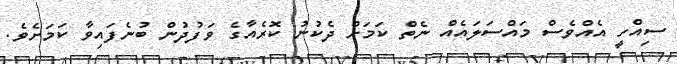
ސިއްހީ އެއްވެސް މައްސަލައެއް ނެތް ކަމަށް ދެކުނު ކޮރެއާގެ ވަފުދުން ބުނެފައިވާ ކަމަށެވެ.